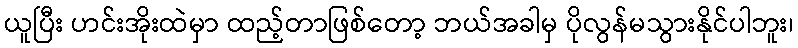
ယူပြီး ဟင်းအိုးထဲမှာ ထည့်တာဖြစ်တော့ ဘယ်အခါမှ ပိုလွန်မသွားနိုင်ပါဘူး၊